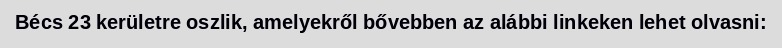
Bécs 23 kerületre oszlik, amelyekről bővebben az alábbi linkeken lehet olvasni: